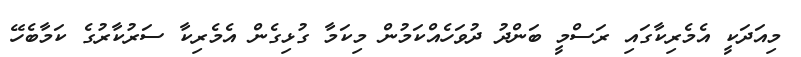
މިއަދަކީ އެމެރިކާގައި ރަސްމީ ބަންދު ދުވަހެއްކަމުން މިކަމާ ގުޅިގެން އެމެރިކާ ސަރުކާރުގެ ކަމާބެހޭ